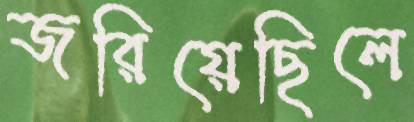
জরিয়েছিলে